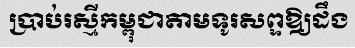
ប្រាប់រស្មីកម្ពុជាតាមទូរសព្ទឱ្យដឹង